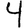
Digit: 4